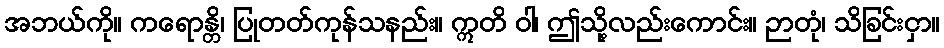
အဘယ်ကို။ ကရောန္တိ၊ ပြုတတ်ကုန်သနည်း။ ဣတိ ဝါ၊ ဤသို့လည်းကောင်း။ ဉာတုံ၊ သိခြင်းငှာ။